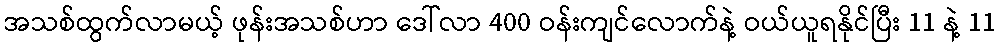
အသစ်ထွက်လာမယ့် ဖုန်းအသစ်ဟာ ဒေါ်လာ 400 ဝန်းကျင်လောက်နဲ့ ဝယ်ယူရနိုင်ပြီး 11 နဲ့ 11